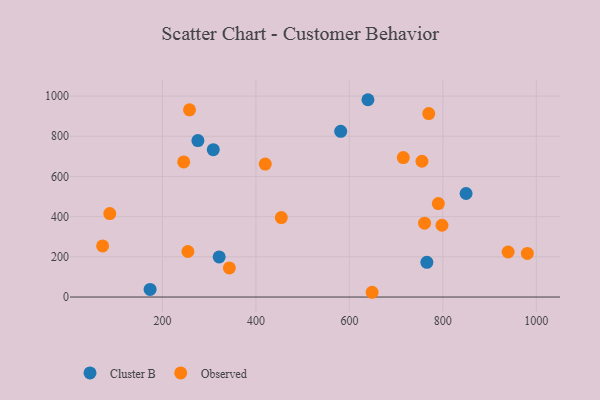
{"axis": {"x": "Study Hours", "y": "Salary"}, "legend": ["Cluster B", "Observed"], "data": [{"x": "765.8", "y": 172.6, "type": "Cluster B"}, {"x": "581.4", "y": 824.8, "type": "Cluster B"}, {"x": "639.7", "y": 981.9, "type": "Cluster B"}, {"x": "275.8", "y": 778.4, "type": "Cluster B"}, {"x": "849.7", "y": 515.2, "type": "Cluster B"}, {"x": "321.3", "y": 199.4, "type": "Cluster B"}, {"x": "308.7", "y": 733.2, "type": "Cluster B"}, {"x": "173.5", "y": 37.9, "type": "Cluster B"}, {"x": "755.3", "y": 675.8, "type": "Observed"}, {"x": "790.3", "y": 464.9, "type": "Observed"}, {"x": "419.9", "y": 661.6, "type": "Observed"}, {"x": "87.2", "y": 415.1, "type": "Observed"}, {"x": "769.8", "y": 913.0, "type": "Observed"}, {"x": "939.7", "y": 224.2, "type": "Observed"}, {"x": "980.9", "y": 217.0, "type": "Observed"}, {"x": "760.9", "y": 367.4, "type": "Observed"}, {"x": "648.6", "y": 23.7, "type": "Observed"}, {"x": "245.4", "y": 672.6, "type": "Observed"}, {"x": "715.3", "y": 694.2, "type": "Observed"}, {"x": "343.1", "y": 145.1, "type": "Observed"}, {"x": "71.9", "y": 254.3, "type": "Observed"}, {"x": "798.1", "y": 357.3, "type": "Observed"}, {"x": "257.9", "y": 931.6, "type": "Observed"}, {"x": "254.4", "y": 226.6, "type": "Observed"}, {"x": "454.3", "y": 395.2, "type": "Observed"}]}